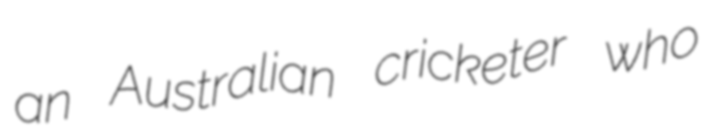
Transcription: an Australian cricketer who